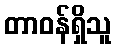
တာဝန်ရှိသူ